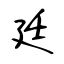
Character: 廷